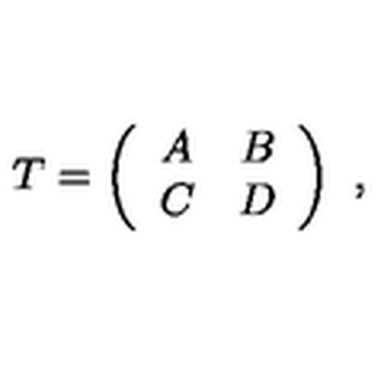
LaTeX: T = \left( \begin{array} { c c } { A } & { B } \\ { C } & { D } \\ \end{array} \right) \ ,